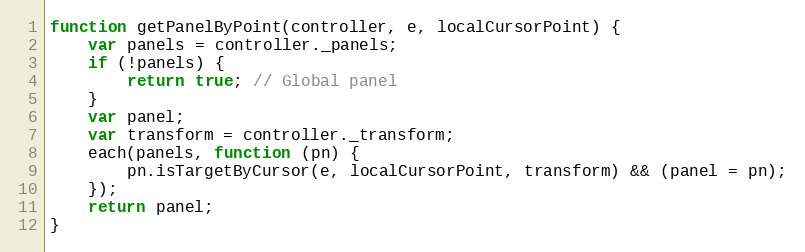
Language: JavaScript
function getPanelByPoint(controller, e, localCursorPoint) {
    var panels = controller._panels;
    if (!panels) {
        return true; // Global panel
    }
    var panel;
    var transform = controller._transform;
    each(panels, function (pn) {
        pn.isTargetByCursor(e, localCursorPoint, transform) && (panel = pn);
    });
    return panel;
}